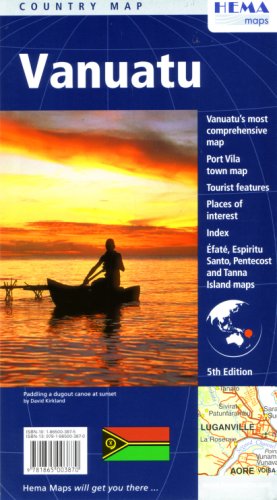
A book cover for Vanuatu Country Map by Hema; Hema Maps; Travel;